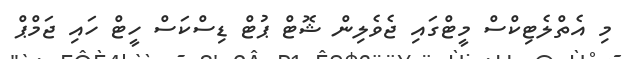
މި އެތްލެޓިކްސް މީޓްގައި ޖެވެލިން ޝޮޓް ޕުޓް ޑިސްކަސް ހީޓް ހައި ޖަމްޕް